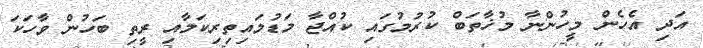
އަދި އެހެން މީހުންނާ މުޚާތަބް ކުރުމުގައި ކުއްޖާ މަޑުމައިތިރިކަމާއި ރީތި ބަހުން ވާހަކަ